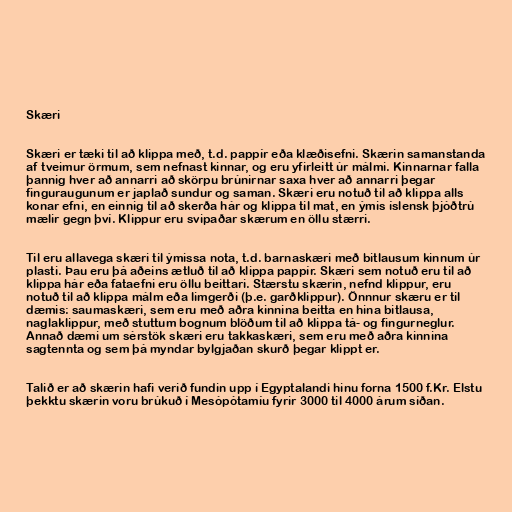
Skæri

Skæri er tæki til að klippa með, t.d. pappír eða klæðisefni. Skærin samanstanda
af tveimur örmum, sem nefnast kinnar, og eru yfirleitt úr málmi. Kinnarnar falla
þannig hver að annarri að skörpu brúnirnar saxa hver að annarri þegar
finguraugunum er japlað sundur og saman. Skæri eru notuð til að klippa alls
konar efni, en einnig til að skerða hár og klippa til mat, en ýmis íslensk þjóðtrú
mælir gegn því. Klippur eru svipaðar skærum en öllu stærri.

Til eru allavega skæri til ýmissa nota, t.d. barnaskæri með bitlausum kinnum úr
plasti. Þau eru þá aðeins ætluð til að klippa pappír. Skæri sem notuð eru til að
klippa hár eða fataefni eru öllu beittari. Stærstu skærin, nefnd klippur, eru
notuð til að klippa málm eða limgerði (þ.e. garðklippur). Önnnur skæru er til
dæmis: saumaskæri, sem eru með aðra kinnina beitta en hina bitlausa,
naglaklippur, með stuttum bognum blöðum til að klippa tá- og fingurneglur.
Annað dæmi um sérstök skæri eru takkaskæri, sem eru með aðra kinnina
sagtennta og sem þá myndar bylgjaðan skurð þegar klippt er.

Talið er að skærin hafi verið fundin upp í Egyptalandi hinu forna 1500 f.Kr. Elstu
þekktu skærin voru brúkuð í Mesópótamíu fyrir 3000 til 4000 árum síðan.